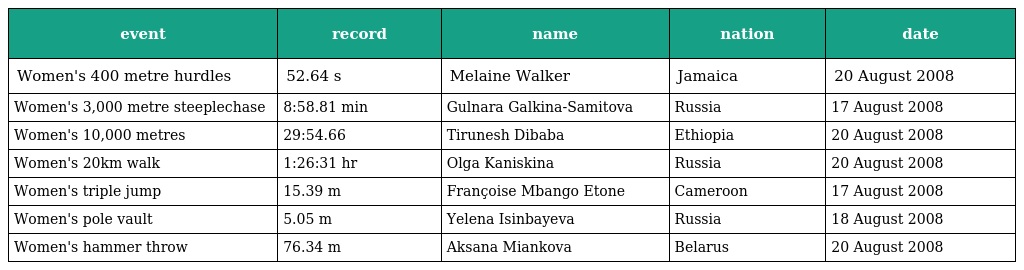
| event | record | name | nation | date |
 | --- | --- | --- | --- | --- |
 | Women's 400 metre hurdles | 52.64 s | Melaine Walker | Jamaica | 20 August 2008 |
 | Women's 3,000 metre steeplechase | 8:58.81 min | Gulnara Galkina-Samitova | Russia | 17 August 2008 |
 | Women's 10,000 metres | 29:54.66 | Tirunesh Dibaba | Ethiopia | 20 August 2008 |
 | Women's 20km walk | 1:26:31 hr | Olga Kaniskina | Russia | 20 August 2008 |
 | Women's triple jump | 15.39 m | Françoise Mbango Etone | Cameroon | 17 August 2008 |
 | Women's pole vault | 5.05 m | Yelena Isinbayeva | Russia | 18 August 2008 |
 | Women's hammer throw | 76.34 m | Aksana Miankova | Belarus | 20 August 2008 |